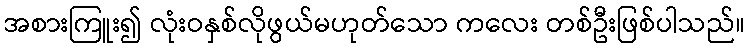
အစားကြူး၍ လုံးဝနှစ်လိုဖွယ်မဟုတ်သော ကလေး တစ်ဦးဖြစ်ပါသည်။